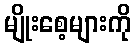
မျိုးစေ့များကို